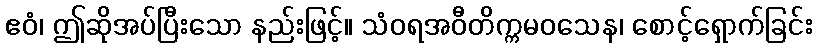
ဧဝံ၊ ဤဆိုအပ်ပြီးသော နည်းဖြင့်။ သံဝရအဝီတိက္ကမဝသေန၊ စောင့်ရှောက်ခြင်း